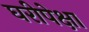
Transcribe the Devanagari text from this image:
घरीपेक्षा